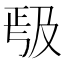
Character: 𭆱